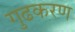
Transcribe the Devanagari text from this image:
गुढकरण